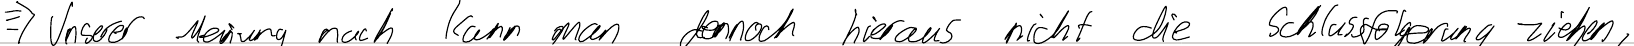
=> Unserer Meinung nach kann man dennoch hieraus nicht die Schlussfolgerung ziehen,